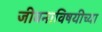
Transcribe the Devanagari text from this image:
जीवनाविषयीच्या